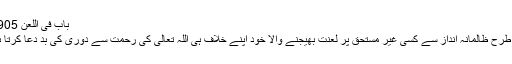
باب فی اللعن 4905)
اس طرح ظالمانہ انداز سے کسی غیر مستحق پر لعنت بھیجنے والا خود اپنے خلاف ہی اللہ تعالیٰ کی رحمت سے دوری کی بد دعا کرتا ہے۔